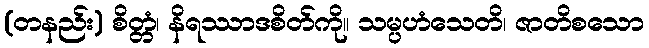
(တနည်း) စိတ္တံ၊ နိရဿာဒစိတ်ကို။ သမ္ပဟံသေတိ၊ ဇာတိစသော